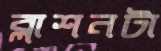
ব্লাশনটা